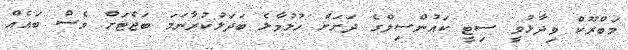
މަބްރޫކް ވިދާޅުވީ ސިޓީ ކައުންސިލްގެ ދަށަށް ހުޅުމާލެ ބަދަލުކުރާނަމަ ބަޖެޓަށް ވެސް ބައެއް